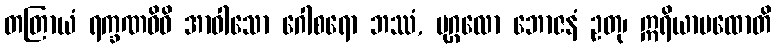
တတြာယံ ရက္ခဏဝိဓိ အာဝါသော ဂေါစရော ဘဿံ, ပုဂ္ဂလော ဘောဇနံ ဥတု၊ ဣရိယာပထောတိ